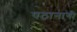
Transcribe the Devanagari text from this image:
पठानागी